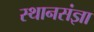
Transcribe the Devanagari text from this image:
स्थानसंज्ञा